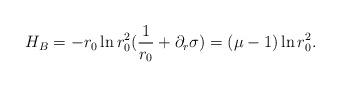
LaTeX: \begin{align*}H_B = - r_0\ln r_0^2 (\frac{1}{r_0}+ \partial_r \sigma)=(\mu-1) \ln r_0^2.\end{align*}